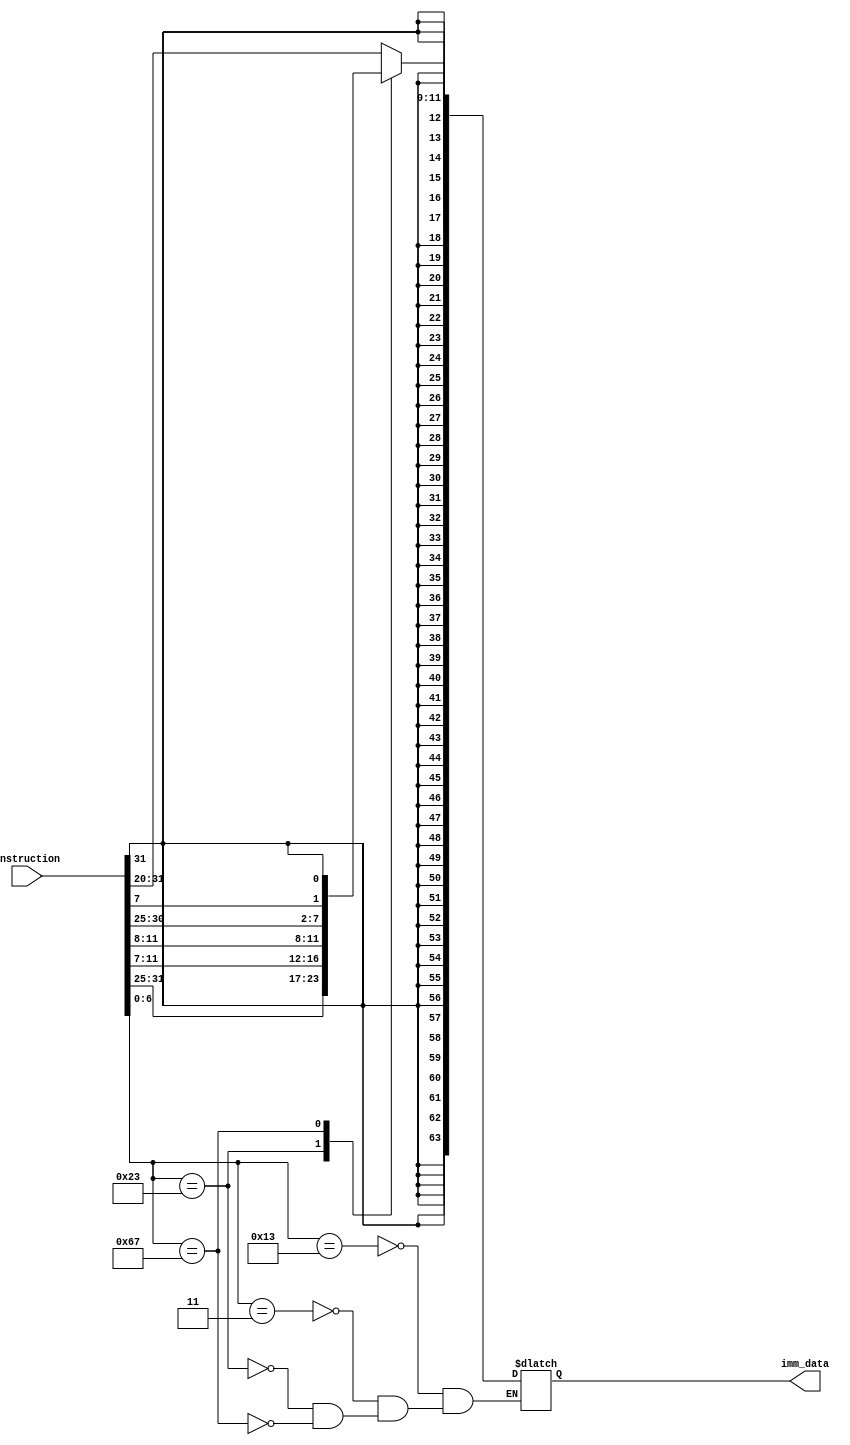
module immediate_data
(
	input [31:0] instruction,
	output reg [63:0] imm_data
);

	reg [6:0] opcode;
	//reg [51:0] sign = {52{instruction[31]}};
	
	always @ (instruction)
			begin 
				case (instruction[6:0])
				//addi
				7'b0010011: imm_data = {{52{instruction[31]}},instruction[31:20]};
				//ld
				7'b0000011: imm_data = {{52{instruction[31]}},instruction[31:20]};
				//sd
				7'b0100011: imm_data = {{52{instruction[31]}},instruction[31:25], instruction[11:7]};
				//branch
				7'b1100111: imm_data = {{52{instruction[31]}}, instruction[11:8], instruction[30:25], instruction[7], instruction[31]};
				endcase
			end
endmodule